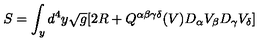
S = \int _ { y } d ^ { 4 } y \sqrt { g } [ 2 R + Q ^ { \alpha \beta \gamma \delta } ( V ) D _ { \alpha } V _ { \beta } D _ { \gamma } V _ { \delta } ]